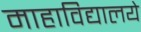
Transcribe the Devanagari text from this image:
माहाविद्यालये